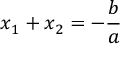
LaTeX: x _ { 1 } + x _ { 2 } = - { \frac { b } { a } }